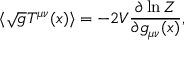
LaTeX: \langle \sqrt { g } T ^ { \mu \nu } ( x ) \rangle = - 2 V { \frac { \partial \ln Z } { \partial g _ { \mu \nu } ( x ) } } ,